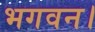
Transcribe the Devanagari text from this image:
भगवन।